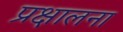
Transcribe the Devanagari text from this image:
प्रक्षालना